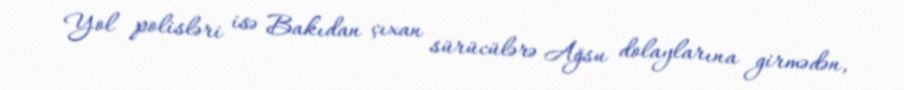
Yol polisləri isə Bakıdan çıxan sürücülərə Ağsu dolaylarına girmədən,